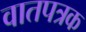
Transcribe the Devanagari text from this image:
वातपत्रक